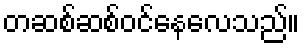
တဆစ်ဆစ်ဝင်နေလေသည်။